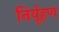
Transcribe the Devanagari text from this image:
निर्यूहण